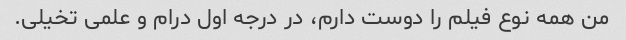
من همه نوع فیلم را دوست دارم، در درجه اول درام و علمی تخیلی.